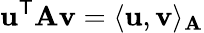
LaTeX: \mathbf{u}^{\mathsf{T}}\mathbf{A}\mathbf{v}=\langle\mathbf{u},\mathbf{v}\rangle_{\mathbf{A}}